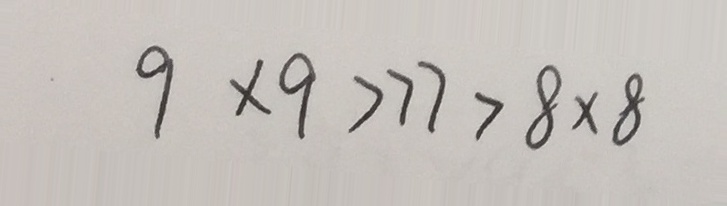
9 \times 9 > 7 7 > 8 \times 8